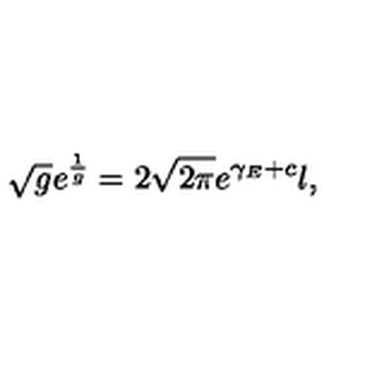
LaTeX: \sqrt { g } e ^ { \frac { 1 } { g } } = 2 \sqrt { 2 \pi } e ^ { \gamma _ { E } + c } l ,